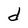
Character: d